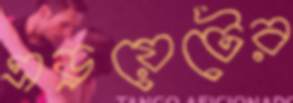
এড্রয়েটের